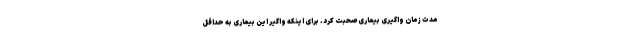
مدت زمان واگیری بیماری صحبت کرد. برای اینکه واگیر این بیماری به حداقل